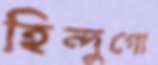
হিন্দুগো